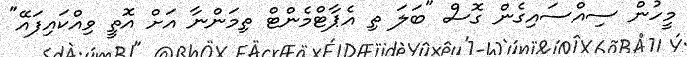
މީހުން ސިއްސައިގެން ގޮސް "ބަލަ ތި އެޕާޓްމެންޓް ތިމަންނާ އަށް އޮތީ ވިއްކައިފައޭ"